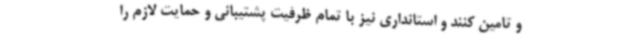
و تامین کنند و استانداری نیز با تمام ظرفیت پشتیبانی و حمایت لازم را